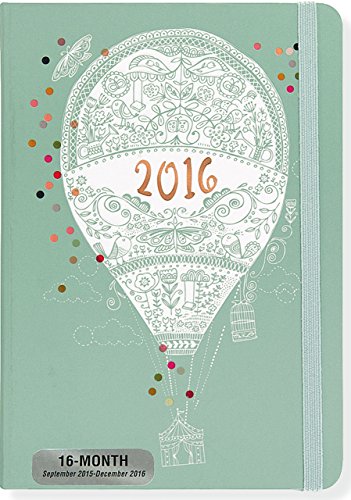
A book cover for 2016 Up Up & Away Weekly Planner (16-Month Engagement Calendar, Diary); Peter Pauper Press; Calendars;